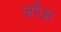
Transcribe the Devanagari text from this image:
जाँऊ